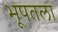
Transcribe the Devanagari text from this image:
भूपतला